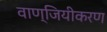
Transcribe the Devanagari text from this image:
वाण्जियीकरण